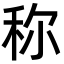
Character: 称